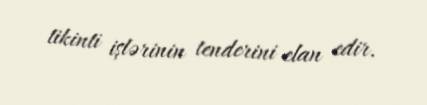
tikinti işlərinin tenderini elan edir.